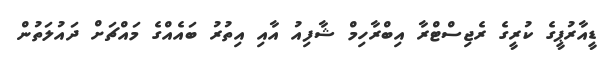
ޑީއާރުޕީގެ ކުރީގެ ރެޖިސްޓްރާ އިބްރާހިމް ޝާފިއު އާއި އިތުރު ބައެއްގެ މައްޗަށް ދައުލަތުން